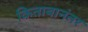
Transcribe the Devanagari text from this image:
किताबानंतर